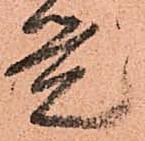
覚